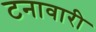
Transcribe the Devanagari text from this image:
टनावारी